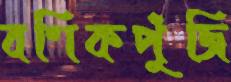
বণিকপুঁজি